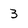
Character: 3